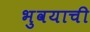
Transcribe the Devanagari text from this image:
भुवयाची